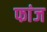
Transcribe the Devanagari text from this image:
फांज